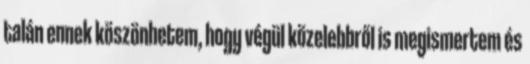
talán ennek köszönhetem, hogy végül közelebbről is megismertem és